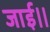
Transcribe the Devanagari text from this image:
जाई।।